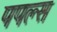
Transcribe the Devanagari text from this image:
पपल्स